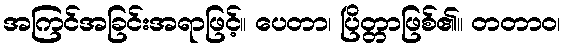
အကြင်အခြင်းအရာဖြင့်။ ပေတာ၊ ပြိတ္တာဖြစ်၏။ တတာဝ၊